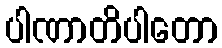
ပါဏာတိပါတော